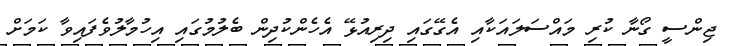
ޖިންސީ ގޯނާ ކުރި މައްސަލައަކާއި އެގޭގައި ދިރިއުޅޭ އެހެންކުދިން ބެލުމުގައި އިހުމާލުވެފައިވާ ކަމަށް